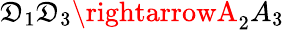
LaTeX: \mathfrak{D}_{1}\mathfrak{D}_{3}\rightarrowA_{2}A_{3}